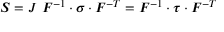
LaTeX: { \boldsymbol { S } } = J ~ { \boldsymbol { F } } ^ { - 1 } \cdot { \boldsymbol { \sigma } } \cdot { \boldsymbol { F } } ^ { - T } = { \boldsymbol { F } } ^ { - 1 } \cdot { \boldsymbol { \tau } } \cdot { \boldsymbol { F } } ^ { - T }